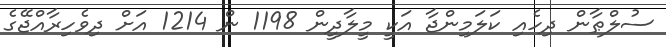
ސުލްޠާން ދިހެއި ކަލަމިންޖާ އަކީ މީލާދީން 1198 ން 1214 އަށް ދިވެހިރާއްޖޭގެ